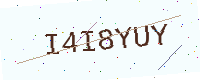
Text: I4I8YUY